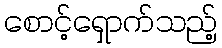
စောင့်ရှောက်သည့်